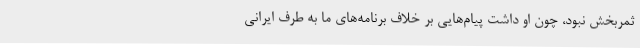
ثمربخش نبود، چون او داشت پیام‌هایی بر خلاف برنامه‌های ما به طرف ایرانی